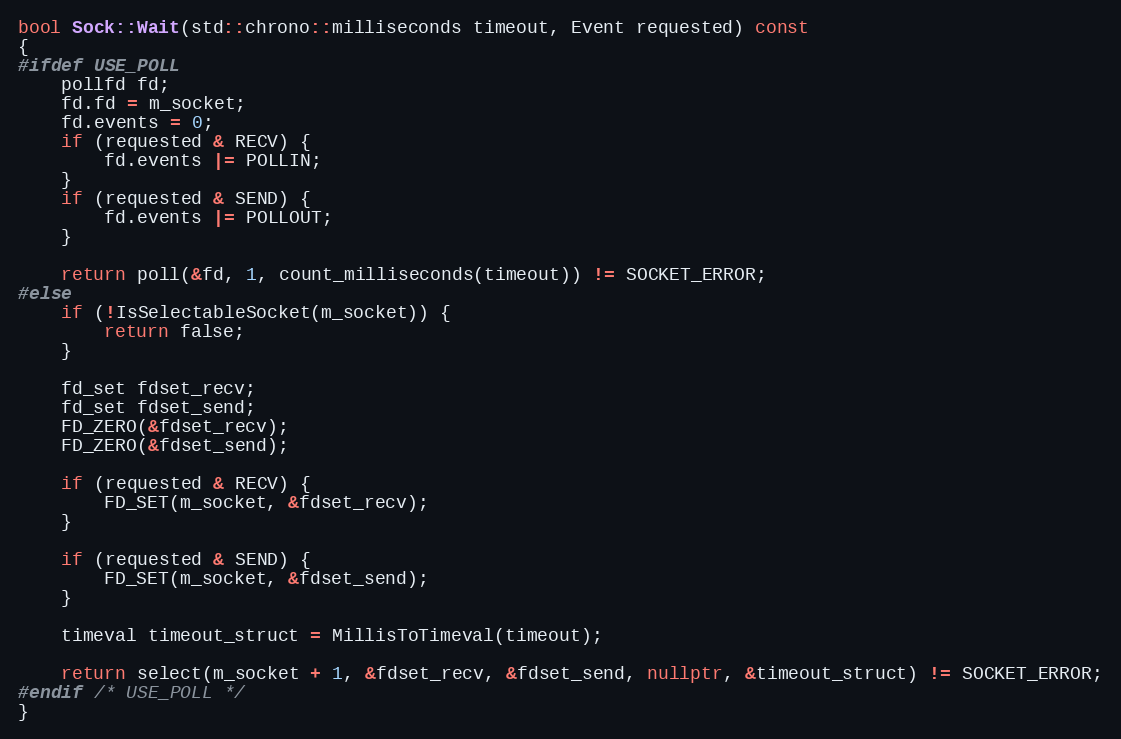
Language: C++
bool Sock::Wait(std::chrono::milliseconds timeout, Event requested) const
{
#ifdef USE_POLL
    pollfd fd;
    fd.fd = m_socket;
    fd.events = 0;
    if (requested & RECV) {
        fd.events |= POLLIN;
    }
    if (requested & SEND) {
        fd.events |= POLLOUT;
    }

    return poll(&fd, 1, count_milliseconds(timeout)) != SOCKET_ERROR;
#else
    if (!IsSelectableSocket(m_socket)) {
        return false;
    }

    fd_set fdset_recv;
    fd_set fdset_send;
    FD_ZERO(&fdset_recv);
    FD_ZERO(&fdset_send);

    if (requested & RECV) {
        FD_SET(m_socket, &fdset_recv);
    }

    if (requested & SEND) {
        FD_SET(m_socket, &fdset_send);
    }

    timeval timeout_struct = MillisToTimeval(timeout);

    return select(m_socket + 1, &fdset_recv, &fdset_send, nullptr, &timeout_struct) != SOCKET_ERROR;
#endif /* USE_POLL */
}